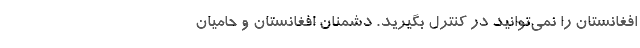
افغانستان را نمی‌توانید در کنترل بگیرید. دشمنان افغانستان و حامیان